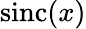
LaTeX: \operatorname{sinc}(x)